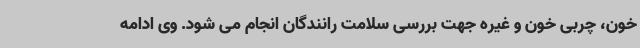
خون، چربی خون و غیره جهت بررسی سلامت رانندگان انجام می شود. وی ادامه